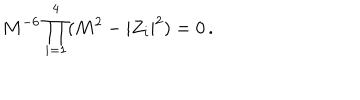
LaTeX: M ^ { - 6 } \prod _ { i = 1 } ^ { 4 } ( M ^ { 2 } - | Z _ { i } | ^ { 2 } ) = 0 \, .